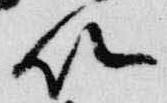
以